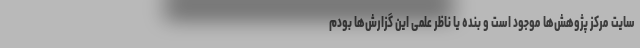
سایت مرکز پژوهش‌ها موجود است و بنده یا ناظر علمی این گزارش‌ها بودم